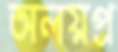
অলয়প্র